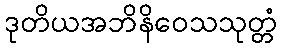
ဒုတိယအဘိနိဝေသသုတ္တံ